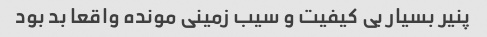
پنیر بسیار بی کیفیت و سیب زمینی مونده واقعا بد بود